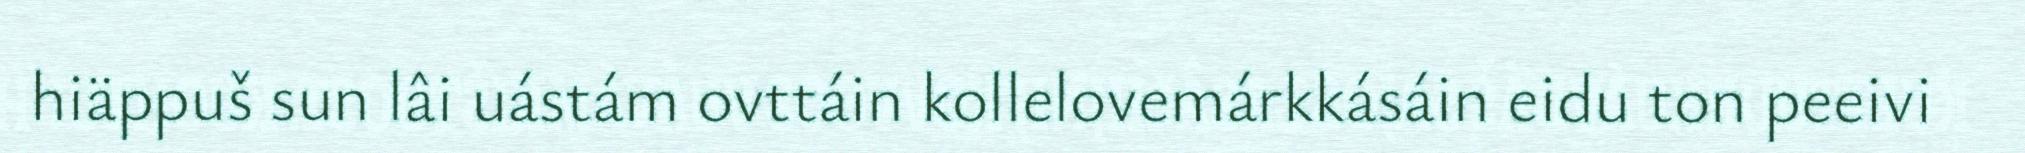
hiäppuš sun lâi uástám ovttáin kollelovemárkkásáin eidu ton peeivi